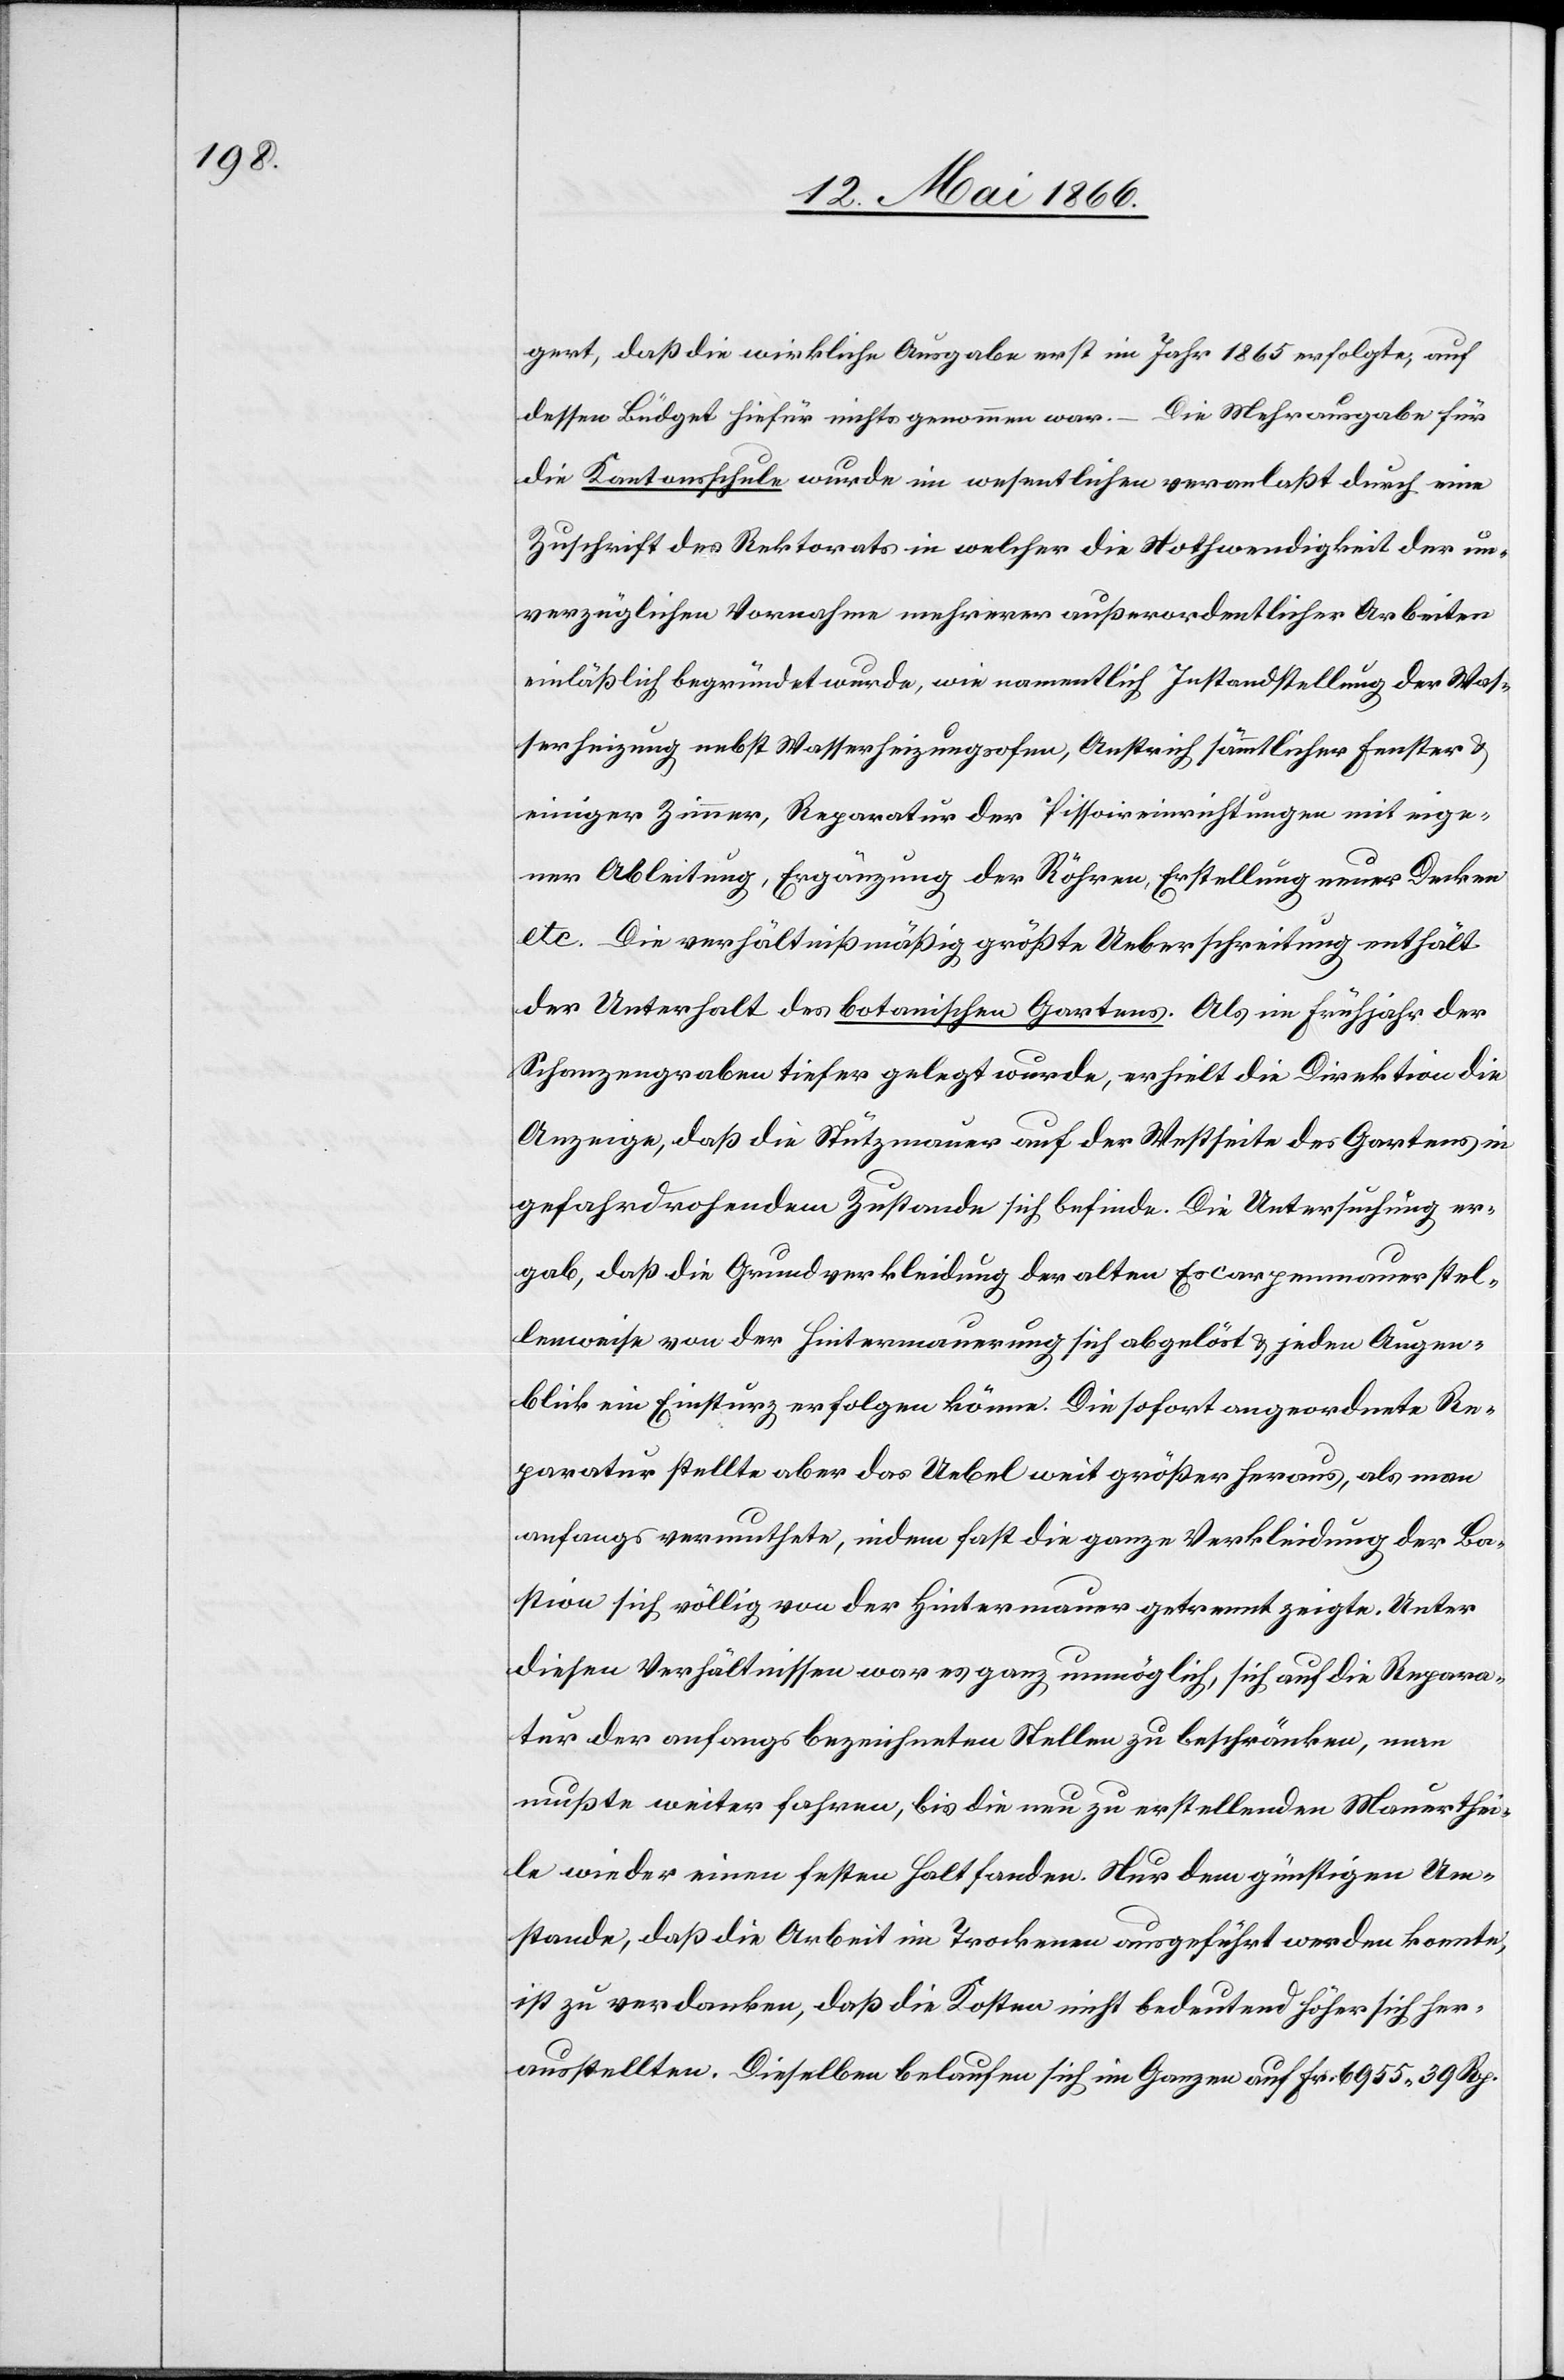
gert, daß die wirkliche Ausgabe erst im Jahr 1865 erfolgte, auf
dessen Büdget hiefür nichts genommen war. – Die Mehrausgabe für
die Kantonsschule wurde im wesentlichen veranlaßt durch eine
Zuschrift des Rektorats in welcher die Nothwendigkeit der un¬
verzüglichen Vornahme mehrerer außerordentlicher Arbeiten
einläßlich begründet wurde, wie namentlich Instandstellung der Was¬
serheizung nebst Wasserheizungsofen, Anstrich sämmtlicher Fenster u.
einiger Zimmer, Reparatur der Pissoireinrichtungen mit eige¬
ner Ableitung, Ergänzung der Röhren, Erstellung neuer Decken
etc. Die verhältnißmäßig größte Ueberschreitung enthält
der Unterhalt des botanischen Gartens. Als im Frühjahr der
Schanzengraben tiefer gelegt wurde, erhielt die Direktion die
Anzeige, daß die Stützmauer auf der Westseite des Gartens in
gefahrdrohendem Zustande sich befinde. Die Untersuchung er¬
gab, daß die Grundverkleidung der alten Escarpenmauer stel¬
lenweise von der Hintermauerung sich abgelöst u. jeden Augen¬
blick ein Einsturz erfolgen könne. Die sofort angeordnete Re¬
paratur stellte aber das Uebel weit größer heraus, als man
anfangs vermuthete, indem fast die ganze Verkleidung der Ba¬
stion sich völlig von der Hintermauer getrennt zeigte. Unter
diesen Verhältnissen war es ganz unmöglich, sich auf die Repara¬
tur der anfangs bezeichneten Stellen zu beschränken, man
mußte weiter fahren, bis die neu zu erstellenden Mauerthei¬
le wieder einen festen Halt fanden. Nur dem günstigen Um¬
stande, daß die Arbeit im Trockenen ausgeführt werden konnte,
es zu verdanken, daß die Kosten nicht bedeutend höher sich her¬
ausstellen. Dieselben belaufen sich im Ganzen auf Frk. 6955.39. Rp.